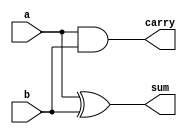
// Half Adder Using Dataflow Modelling
`timescale 1ns/1ps

module half_adder(sum,carry,a,b);

input a,b;
output sum,carry;

assign sum = a ^ b;
assign carry = a & b;

endmodule